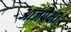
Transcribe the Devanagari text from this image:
आजपेक्षा